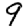
Digit: 9